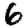
Digit: 6